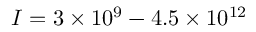
I = 3 \times 1 0 ^ { 9 } - 4 . 5 \times 1 0 ^ { 1 2 }